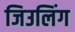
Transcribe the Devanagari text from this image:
जिउलिंग